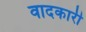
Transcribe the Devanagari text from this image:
वादकारी